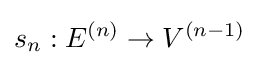
s_{n}:E^{(n)}\to V^{(n-1)}